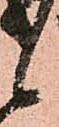
候